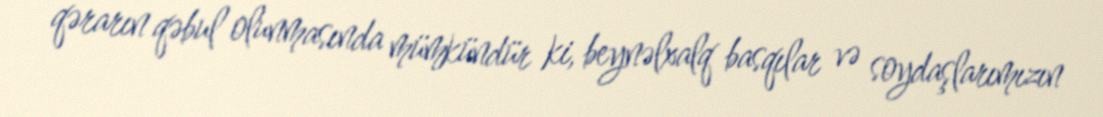
qərarın qəbul olunmasında mümkündür ki, beynəlxalq basqılar və soydaşlarımızın